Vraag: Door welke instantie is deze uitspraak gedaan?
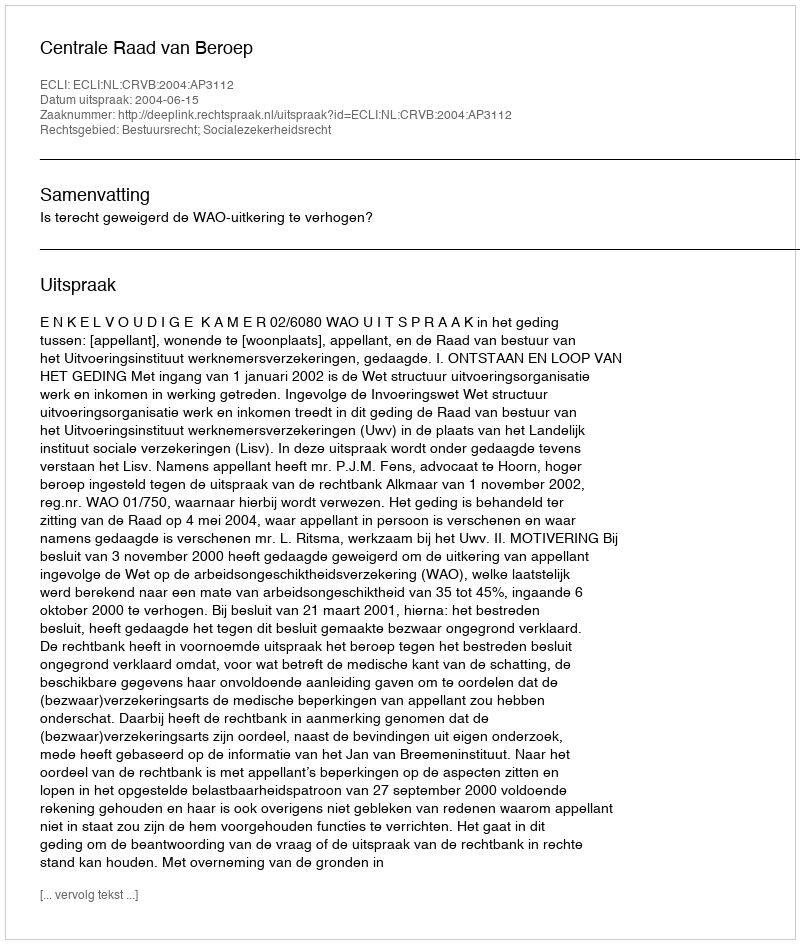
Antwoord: Centrale Raad van Beroep